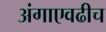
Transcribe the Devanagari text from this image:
अंगाएवढीच